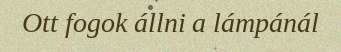
Ott fogok állni a lámpánál